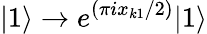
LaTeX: \vert 1\rangle\rightarrow e^{(\pi ix_{k1}/2)}\vert 1\rangle